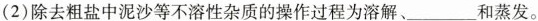
(2)除去粗盐中泥沙等不溶性杂质的操作过程为溶解、___和蒸发。